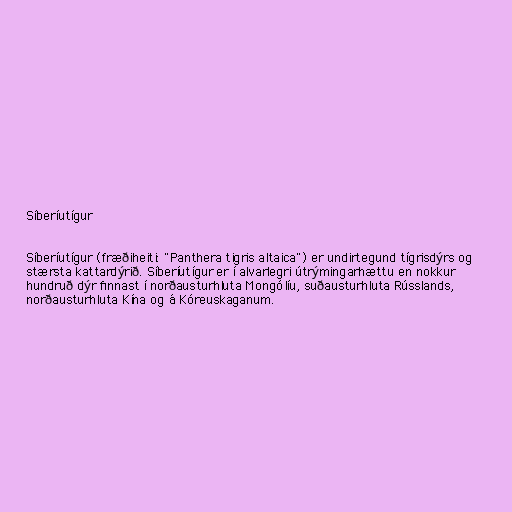
Síberíutígur

Síberíutígur (fræðiheiti: "Panthera tigris altaica") er undirtegund tígrisdýrs og
stærsta kattardýrið. Síberíutígur er í alvarlegri útrýmingarhættu en nokkur
hundruð dýr finnast í norðausturhluta Mongólíu, suðausturhluta Rússlands,
norðausturhluta Kína og á Kóreuskaganum.